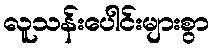
လူသန်းပေါင်းများစွာ